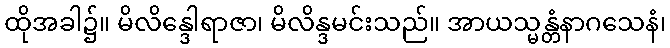
ထိုအခါ၌။ မိလိန္ဒေါရာဇာ၊ မိလိန္ဒမင်းသည်။ အာယသ္မန္တံနာဂသေနံ၊